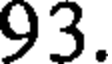
93.